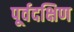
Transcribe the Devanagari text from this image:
पूर्वदक्षिण